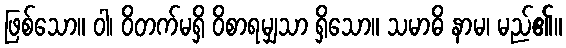
ဖြစ်သော။ ဝါ၊ ဝိတက်မရှိ ဝိစာရမျှသာ ရှိသော။ သမာဓိ နာမ၊ မည်၏။